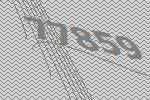
77859